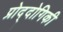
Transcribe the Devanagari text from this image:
प्रोद्दोगिकी